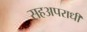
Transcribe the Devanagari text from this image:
सहअपराधी